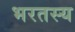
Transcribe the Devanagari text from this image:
भरतस्य